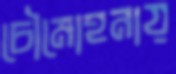
চৌমোহনায়